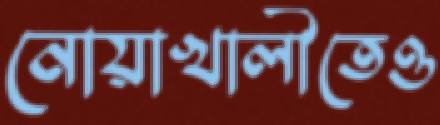
নোয়াখালীতেও